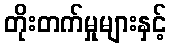
တိုးတက်မှုများနှင့်